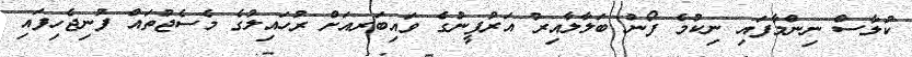
ކުލާސް ނިންމާފައި ނިކުމެ ފޯނު ބަލާލާއިރު އަރުފީނުގެ ވައިބަރއަށް ރުހައިލުގެ މެސެޖުތައް ފުނިޖެހިފައި